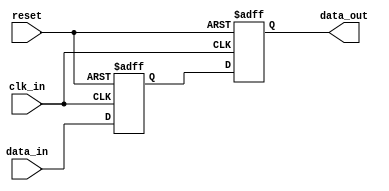
module two_flop_synchronizer (
    input wire clk_in, // input clock signal
    input wire reset,  // reset signal
    input wire data_in,  // input data signal to be synchronized
    output reg data_out  // synchronized output data signal
);

reg capture_ff; // capture flip-flop output
reg release_ff; // release flip-flop output

always @(posedge clk_in or posedge reset) begin
    if (reset) begin
        capture_ff <= 1'b0;
        release_ff <= 1'b0;
    end else begin
        capture_ff <= data_in;
        release_ff <= capture_ff;
    end
end

assign data_out = release_ff;

endmodule